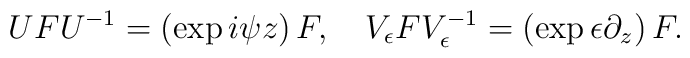
UFU^{-1}=\left( \exp i\psi z\right) F,\quad V_{\epsilon }FV_{\epsilon}^{-1}=\left( \exp \epsilon \partial _{z}\right) F.